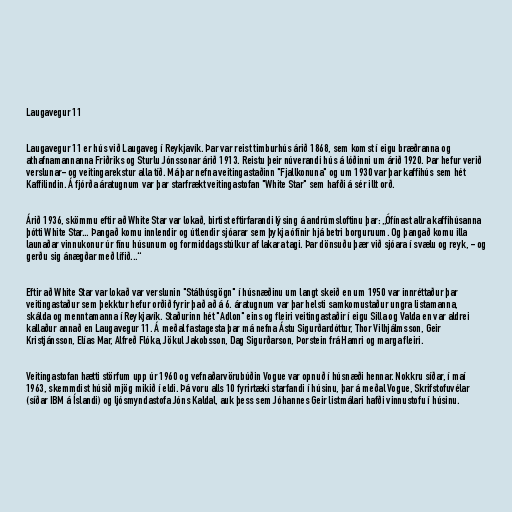
Laugavegur 11

Laugavegur 11 er hús við Laugaveg í Reykjavík. Þar var reist timburhús árið 1868, sem komst í eigu bræðranna og
athafnamannanna Friðriks og Sturlu Jónssonar árið 1913. Reistu þeir núverandi hús á lóðinni um árið 1920. Þar hefur verið
verslunar- og veitingarekstur alla tíð. Má þar nefna veitingastaðinn "Fjallkonuna" og um 1930 var þar kaffihús sem hét
Kaffilindin. Á fjórða áratugnum var þar starfrækt veitingastofan "White Star" sem hafði á sér illt orð.

Árið 1936, skömmu eftir að White Star var lokað, birtist eftirfarandi lýsing á andrúmsloftinu þar: „Ófínast allra kaffihúsanna
þótti White Star... Þangað komu innlendir og útlendir sjóarar sem þykja ófínir hjá betri borguruum. Og þangað komu illa
launaðar vinnukonur úr fínu húsunum og formiddagsstúlkur af lakara tagi. Þar dönsuðu þær við sjóara í svælu og reyk, - og
gerðu sig ánægðar með lífið...“

Eftir að White Star var lokað var verslunin "Stálhúsgögn" í húsnæðinu um langt skeið en um 1950 var innréttaður þar
veitingastaður sem þekktur hefur orðið fyrir það að á 6. áratugnum var þar helsti samkomustaður ungra listamanna,
skálda og menntamanna í Reykjavík. Staðurinn hét "Adlon" eins og fleiri veitingastaðir í eigu Silla og Valda en var aldrei
kallaður annað en Laugavegur 11. Á meðal fastagesta þar má nefna Ástu Sigurðardóttur, Thor Vilhjálmsson, Geir
Kristjánsson, Elías Mar, Alfreð Flóka, Jökul Jakobsson, Dag Sigurðarson, Þorstein frá Hamri og marga fleiri.

Veitingastofan hætti störfum upp úr 1960 og vefnaðarvörubúðin Vogue var opnuð í húsnæði hennar. Nokkru síðar, í maí
1963, skemmdist húsið mjög mikið í eldi. Þá voru alls 10 fyrirtæki starfandi í húsinu, þar á meðal Vogue, Skrifstofuvélar
(síðar IBM á Íslandi) og ljósmyndastofa Jóns Kaldal, auk þess sem Jóhannes Geir listmálari hafði vinnustofu í húsinu.